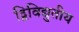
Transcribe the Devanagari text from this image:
द्विविद्युतीय